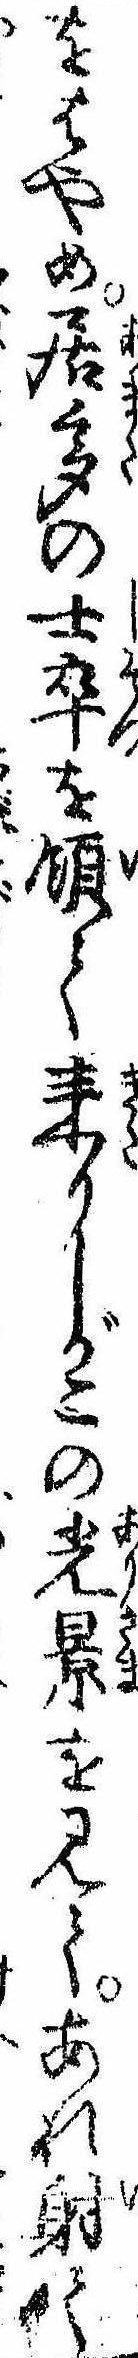
をはやめ居多の士卒を領て来りしがこの光景を見てあれ射て